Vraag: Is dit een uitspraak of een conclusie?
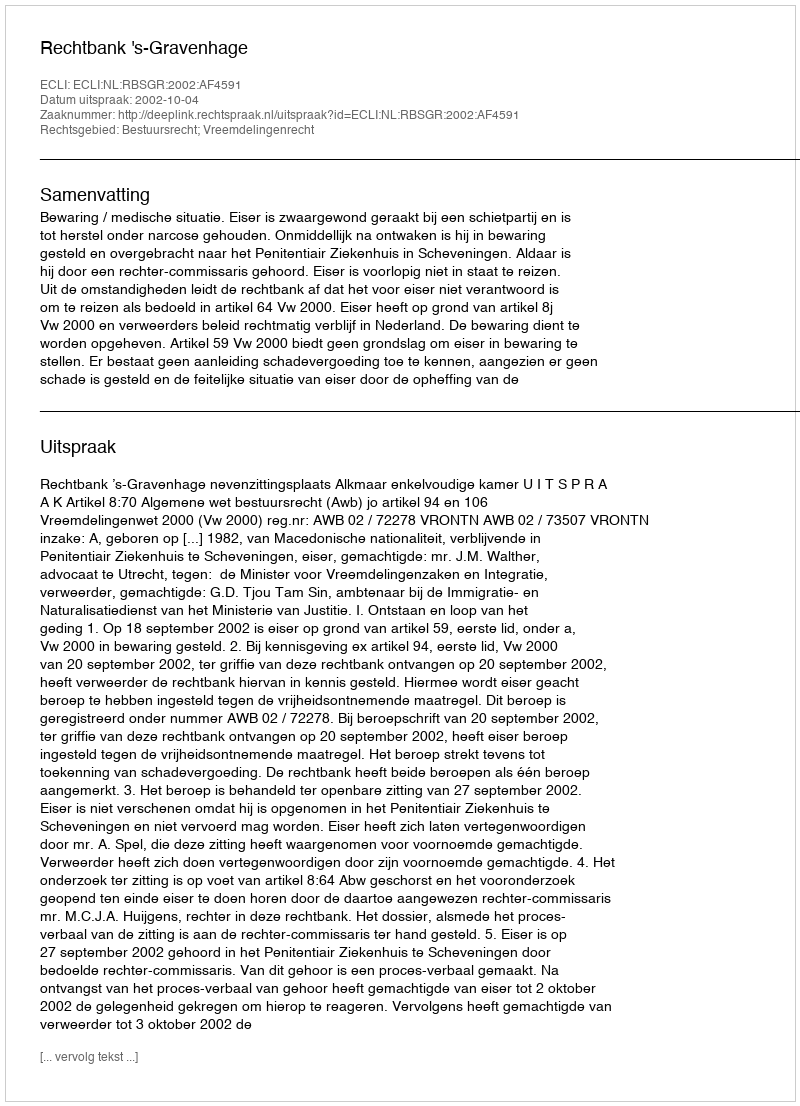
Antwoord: Uitspraak